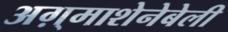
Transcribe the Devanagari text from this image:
अग़्माशेनेबेली